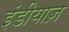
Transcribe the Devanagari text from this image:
इंडीयाज़